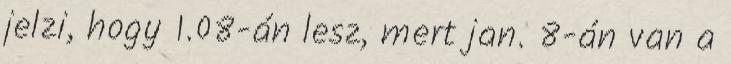
jelzi, hogy 1.08-án lesz, mert jan. 8-án van a